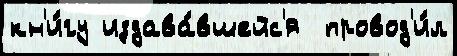
кн'и́гу издава́вшейс'я  провод'и́л